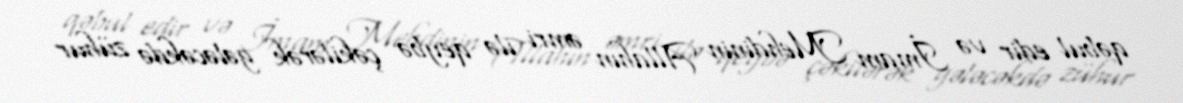
qəbul edir və İmam Mehdinin Allahın əmri ilə qeybə çəkilərək gələcəkdə zühur